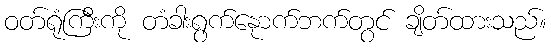
ဝတ်ရုံကြီးကို တံခါးရွက်နေုာက်ဘက်တွင် ချိတ်ထားသည်။